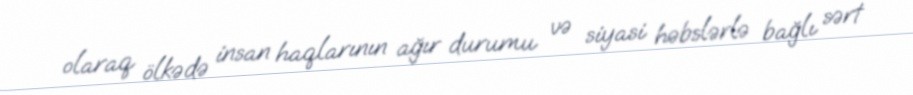
olaraq ölkədə insan haqlarının ağır durumu və siyasi həbslərlə bağlı sərt